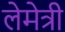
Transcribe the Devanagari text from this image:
लेमेत्री